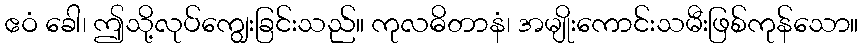
ဧဝံ ခေါ၊ ဤသို့လုပ်ကျွေးခြင်းသည်။ ကုလဓိတာနံ၊ အမျိုးကောင်းသမီးဖြစ်ကုန်သော။